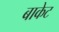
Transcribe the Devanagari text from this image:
बाकेट